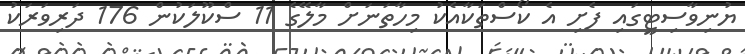
ޔުނިވާސިޓީގައި ފެށި އެ ކޯސްތަކާއެކު މިހާތަނަށް މާލޭގެ 11 ސްކޫލަކުން 176 ދަރިވަރަކު